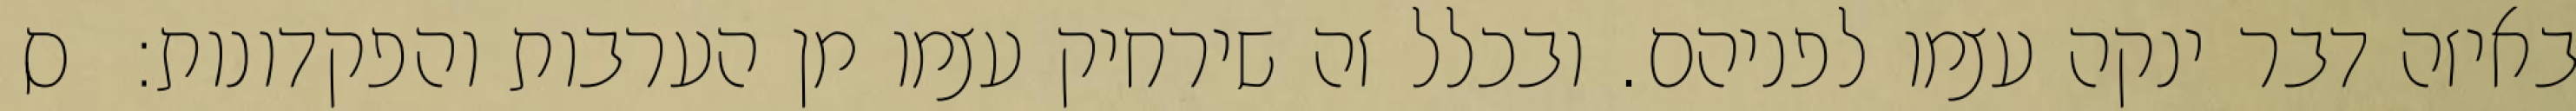
באיזה דבר ינקה עצמו לפניהם. ובכלל זה שירחיק עצמו מן הערבות והפקדונות:  ס